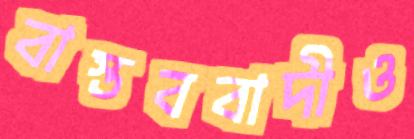
বাস্তববাদীও